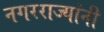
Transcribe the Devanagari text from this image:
नगरराज्यांनी